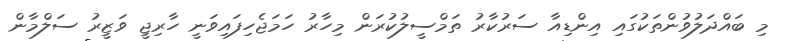
މި ބައްދަލުވުންތަކުގައި އިންޑިއާ ސަރުކާރު ތަމްސީލުކުރަން މިހާރު ހަމަޖެހިފައިވަނީ ހާރިޖީ ވަޒީރު ސަލްމާން